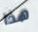
هذا